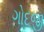
ગોદજી